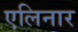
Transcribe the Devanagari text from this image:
एलिनार